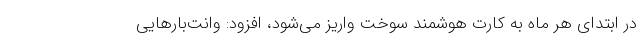
در ابتدای هر ماه به کارت هوشمند سوخت واریز می‌شود، افزود: وانت‌بارهایی